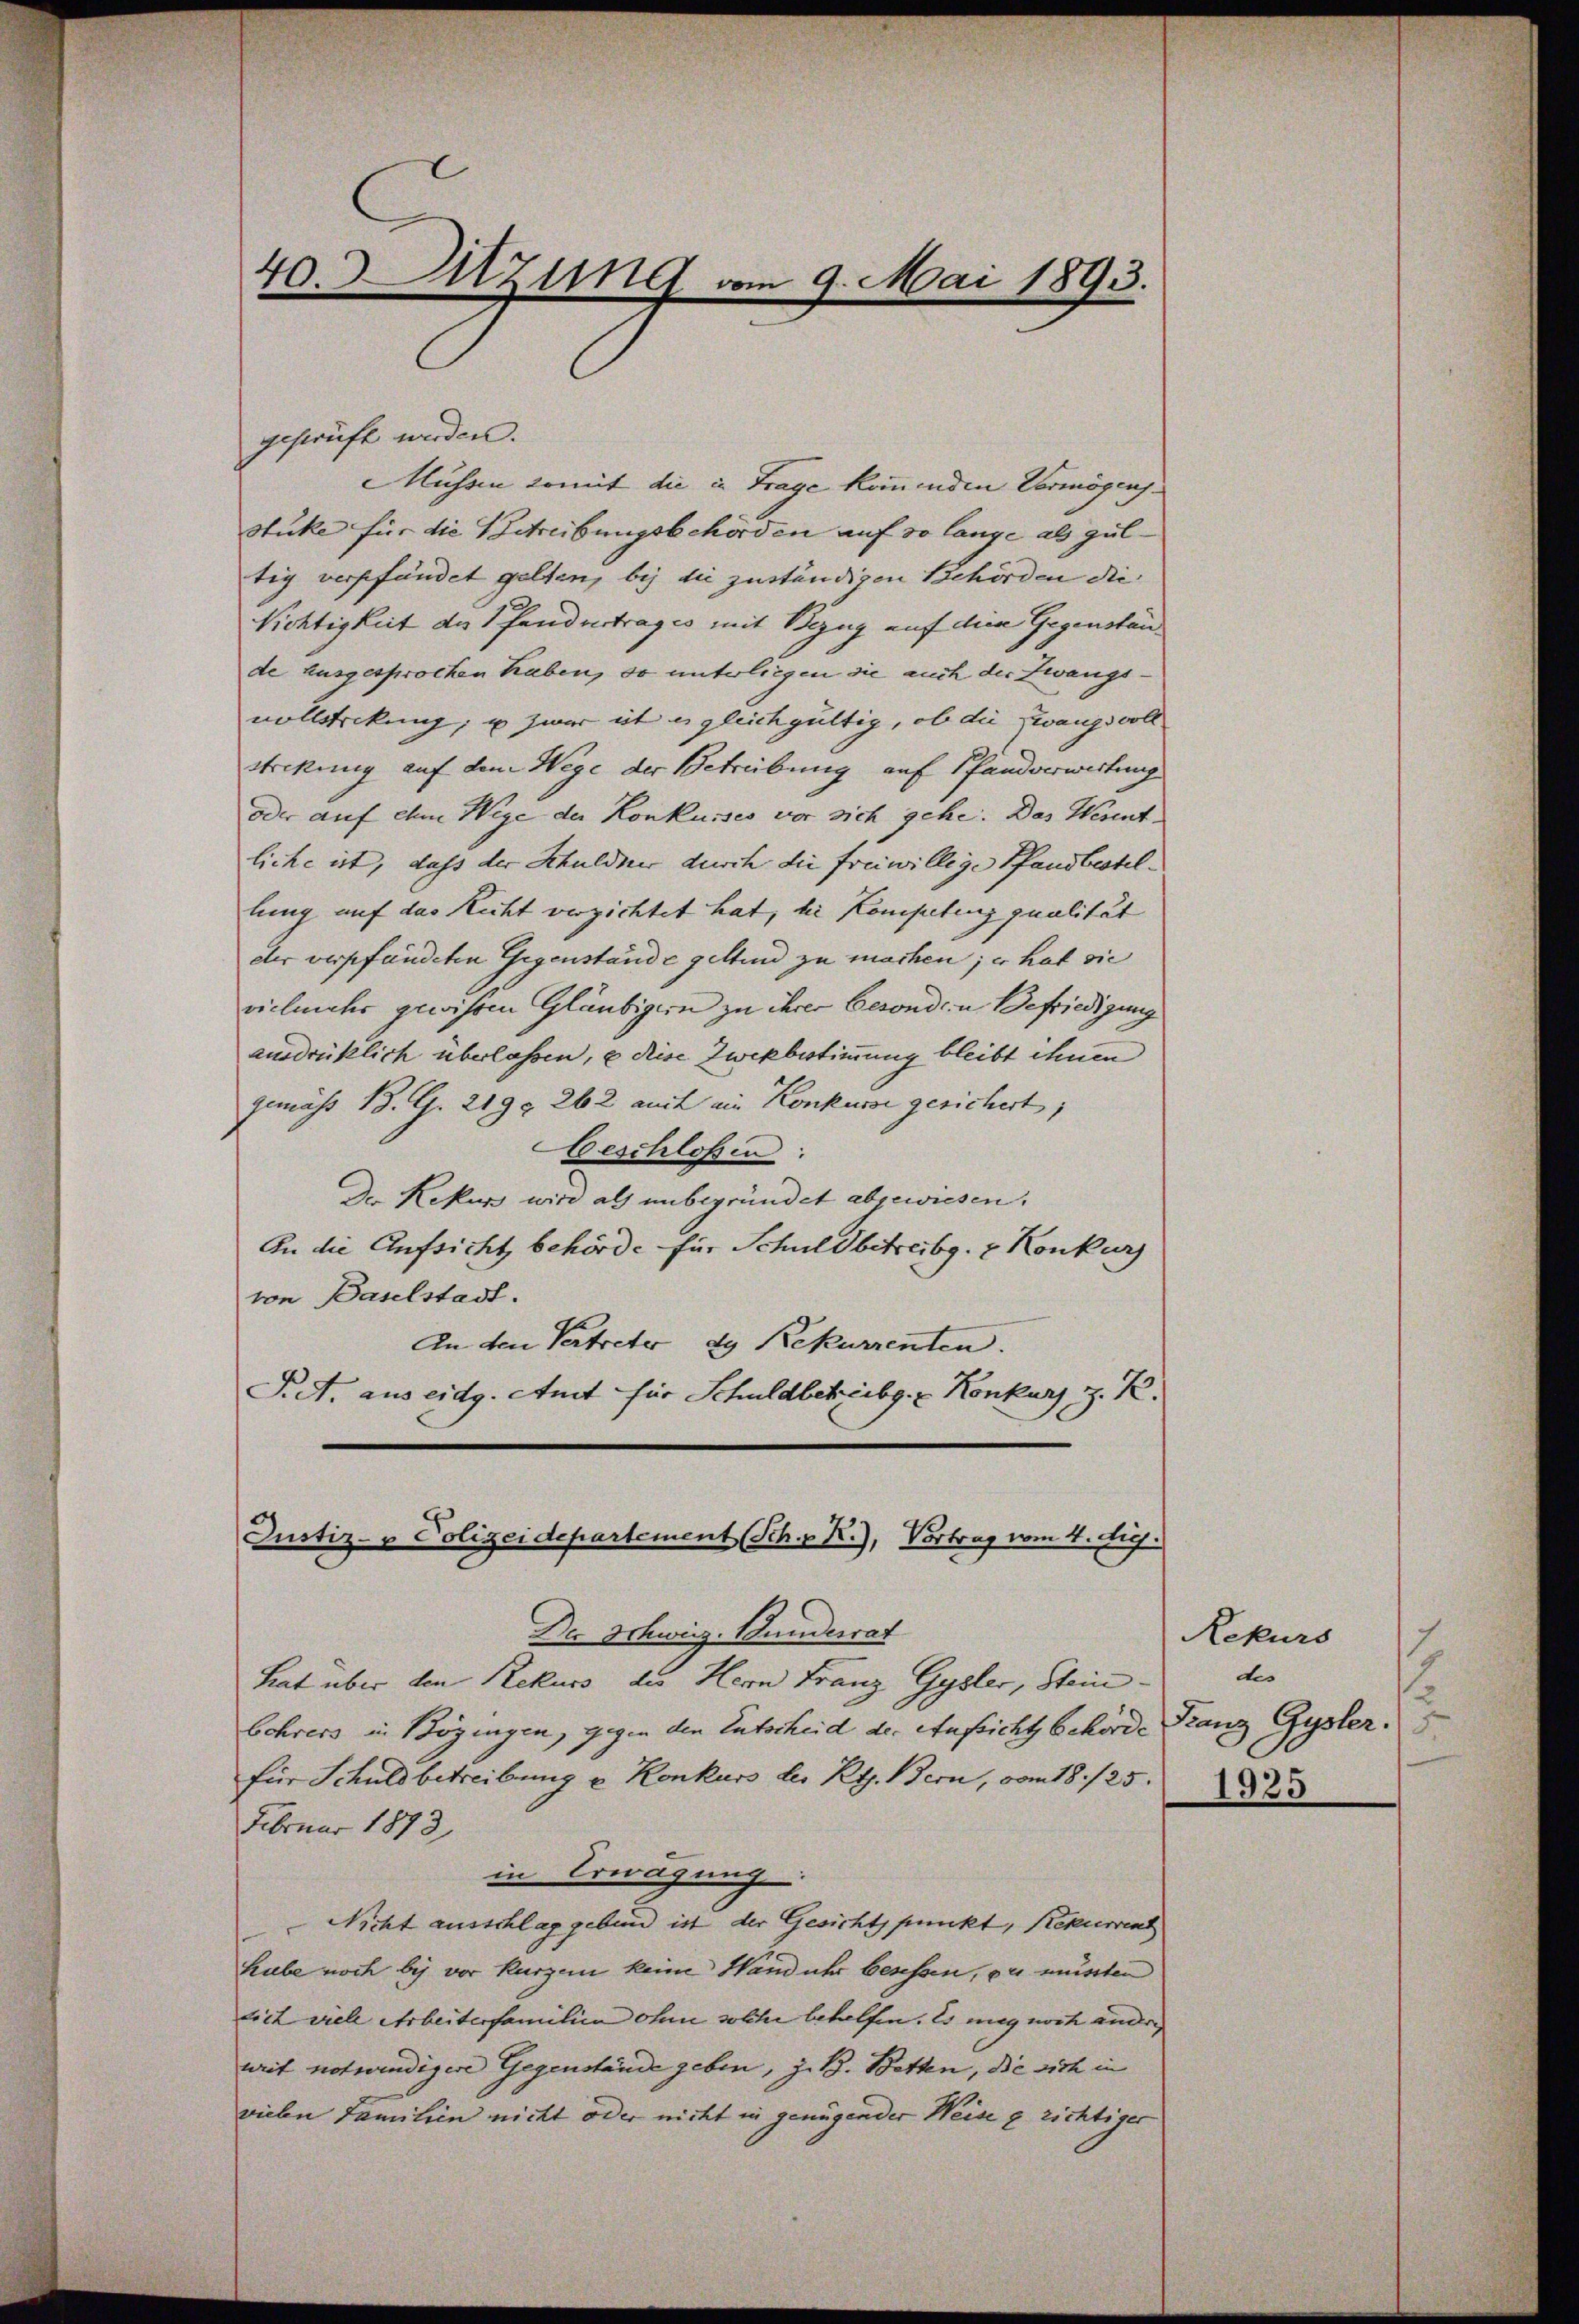
40. Sitzung vom 9. Mai 1893.

geprüft werden.
Müssen somit die in Frage kommenden Vermögens¬
Stücke für die Betreibungsbehörden auf so lange als gültig verpfändet gelten, bis die zuständigen Behörden die
Richtigkeit des Pfandustrages mit Bezug auf die Gegenstände ausgesprochen haben, so unterliegen sie auch der Zwangsvollstrikung, u zwar ist es gleichgültig, ob die Zwangsvoll
stickung auf dem Wege der Betreibung auf Pfandverwertung
oder auf dem Wege der Konkurses vor sich gehe. Das Wesentliche ist, dass der Schuldner durch die freiwillige Pfandbestellung auf das Recht verzichtet hat, bei Kompetenzqualität
der verpfändeten Gegenstände geltend zu machen; es hat sie
vielmehr gewissen Gläubigern zu ihrer besonden Befriedigung
ausdrücklich überlassen, u diese Zwekbestimmung bleibt ihnen
gemäss B. G. 219 § 262 auch ein Konkurse gesichert,
Aeschloßen:
Der Rekurs wird als unbegründet abgewiesen.
An die Aufsicht behörde für Schuldbetreibg. Konkurs
von Baselstadt.
An den Vertreter ds Rekurrenten.
P.A. aus eidg. Amt für Schuldbetreibg. u. Konkurs J. K.
Justiz- u Polizeidepartement (Sch. R.), Vortrag vom 4. Juj:

Lat über den Rekurs die Herrn Franz Gysler, Stein.
behrers in Bögingen, gegen den Entscheid der Aufsicht behörde
für Schuldbetreibung u Konkurs bei Rt. Bern, vom 18./25.
Februar 1873
in Erwägung
Nicht ausschlag gebend ist der Gesichtspunkt, Rekurrent
hube noch bis vor kurzem keine Handuhr besessen, ou müssten
tich viele Arbeiterfamilien ohne solche behelfen. Es mag noch ander
urit notwendigere Gegenstände geben, z. B. Betten, die sich in
vielen Familien nicht oder nicht in genügender Weise g richtiger

Der Schweiz. Bundesrat

7
Rekurs
des
1
Franz Gysler.
1925